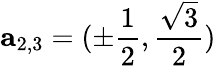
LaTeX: {\mathbf a_{2,3}}=(\pm\frac{1}{2},\frac{\sqrt{3}}{2})